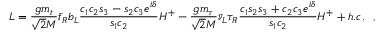
{ \cal L } = \frac { g m _ { t } } { \sqrt { 2 } M } { \bar { t } } _ { R } b _ { L } \frac { c _ { 1 } c _ { 2 } s _ { 3 } - s _ { 2 } c _ { 3 } e ^ { i \delta } } { s _ { 1 } c _ { 2 } } H ^ { + } - \frac { g m _ { \tau } } { \sqrt { 2 } M } { \bar { \nu } } _ { L } \tau _ { R } \frac { c _ { 1 } s _ { 2 } s _ { 3 } + c _ { 2 } c _ { 3 } e ^ { i \delta } } { s _ { 1 } c _ { 2 } } H ^ { + } + h . c . ~ ~ ,